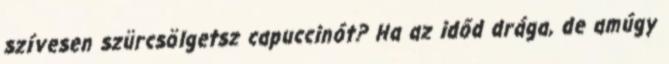
szívesen szürcsölgetsz capuccinót? Ha az időd drága, de amúgy